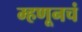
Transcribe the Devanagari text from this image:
म्हणूनचं